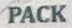
PACK